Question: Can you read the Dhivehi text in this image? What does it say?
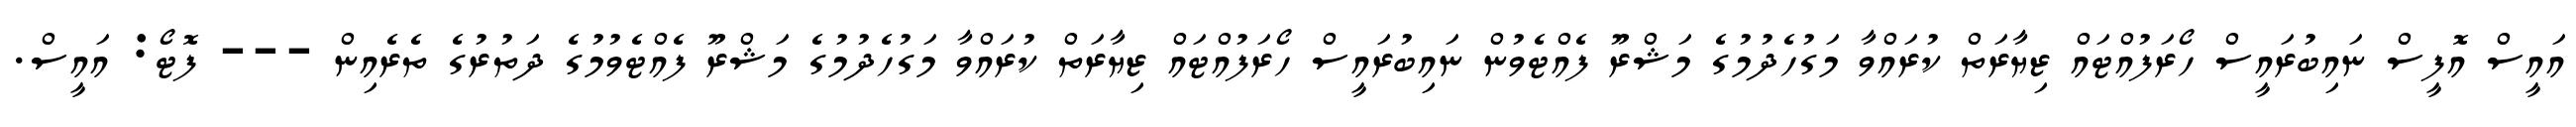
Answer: އައީސް އޮފީސް ނައިބުރައީސް ހޯރަފުއްޓައް ޒިޔާރަތް ކުރައްވާ މަގުހެދުމުގެ މަޝްރޫ ފެއްޓެވުން ނައިބުރައީސް ހޯރަފުއްޓައް ޒިޔާރަތް ކުރައްވާ މަގުހެދުމުގެ މަޝްރޫ ފެއްޓެވުމުގެ ދަތުރުގެ ތެރެއިން --- ފޮޓޯ: އައީސް.